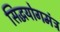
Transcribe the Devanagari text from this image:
सिद्धयोगमंत्र